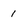
Character: 1